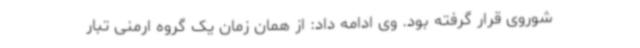
شوروی قرار گرفته بود. وی ادامه داد: از همان زمان یک گروه ارمنی تبار